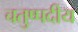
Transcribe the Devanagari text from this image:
चतुष्पदीय